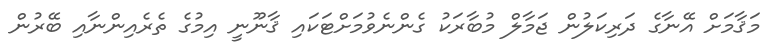
މަޤާމަށް އޭނާގެ ދަރިކަލުން ޖަމާލް މުބާރަކު ގެންނެވުމަށްޓަކައި ޤާނޫނީ އިމުގެ ތެރެއިންނާއި ބޭރުން